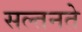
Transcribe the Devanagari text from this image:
सल्तनते